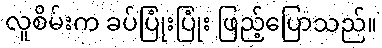
လူစိမ်းက ခပ်ပြုံးပြုံး ဖြည့်ပြောသည်။